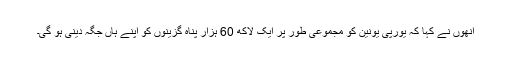
انھوں نے کہا کہ یورپی یونین کو مجموعی طور پر ایک لاکھ 60 ہزار پناہ گزینوں کو اپنے ہاں جگہ دینی ہو گی۔